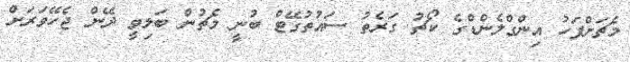
މެޗަށްފަހު އިންގްލެންޑްގެ ކޯޗު ގަރެތު ސައުތުގޭޓް ބުނީ މެޗުން ބަލިވީ ދޭން ޖެހޭވަރަށް